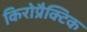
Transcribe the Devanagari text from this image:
किरोप्रैक्टिक